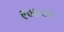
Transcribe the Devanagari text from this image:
९०७००